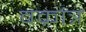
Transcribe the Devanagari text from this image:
वक्रांत्र